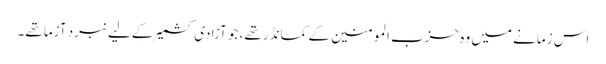
اس زمانے میں وہ حزب المومنین کے کمانڈر تھے، جو آزادی کشمیر کے لیے نبرد آزما تھے۔